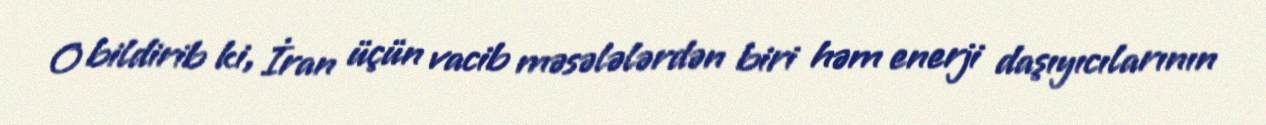
O bildirib ki, İran üçün vacib məsələlərdən biri həm enerji daşıyıcılarının